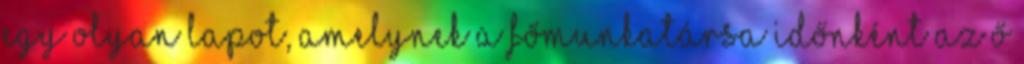
egy olyan lapot, amelynek a főmunkatársa időnként az ő